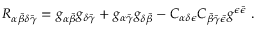
R _ { \alpha { \bar { \beta } } \delta \bar { \gamma } } = g _ { \alpha { \bar { \beta } } } g _ { \delta \bar { \gamma } } + g _ { \alpha \bar { \gamma } } g _ { \delta { \bar { \beta } } } - C _ { \alpha \delta \epsilon } C _ { { \bar { \beta } } \bar { \gamma } \bar { \epsilon } } g ^ { \epsilon \bar { \epsilon } } \ .